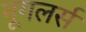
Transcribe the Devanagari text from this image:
नूगलर्स